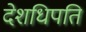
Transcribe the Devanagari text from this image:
देशधिपति